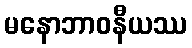
မနောဘာဝနီယဿ